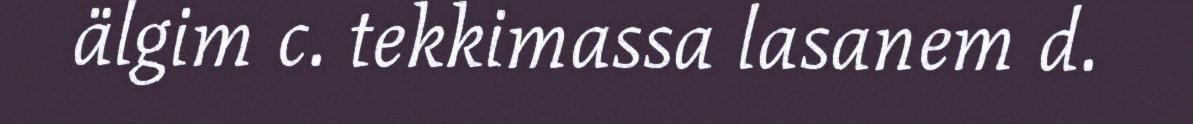
älgim c. tekkimassa lasanem d.